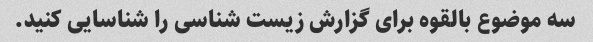
سه موضوع بالقوه برای گزارش زیست شناسی را شناسایی کنید.